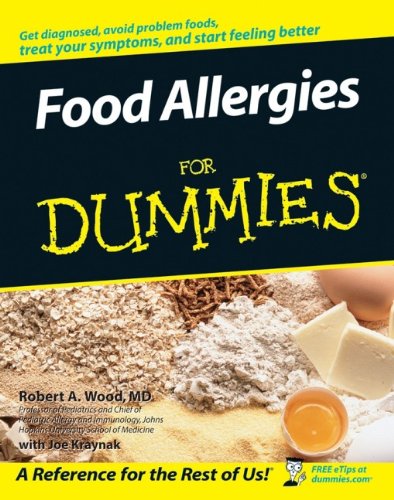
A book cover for Food Allergies For Dummies; Robert A. Wood; Health, Fitness & Dieting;